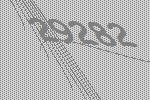
29282